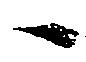
へ